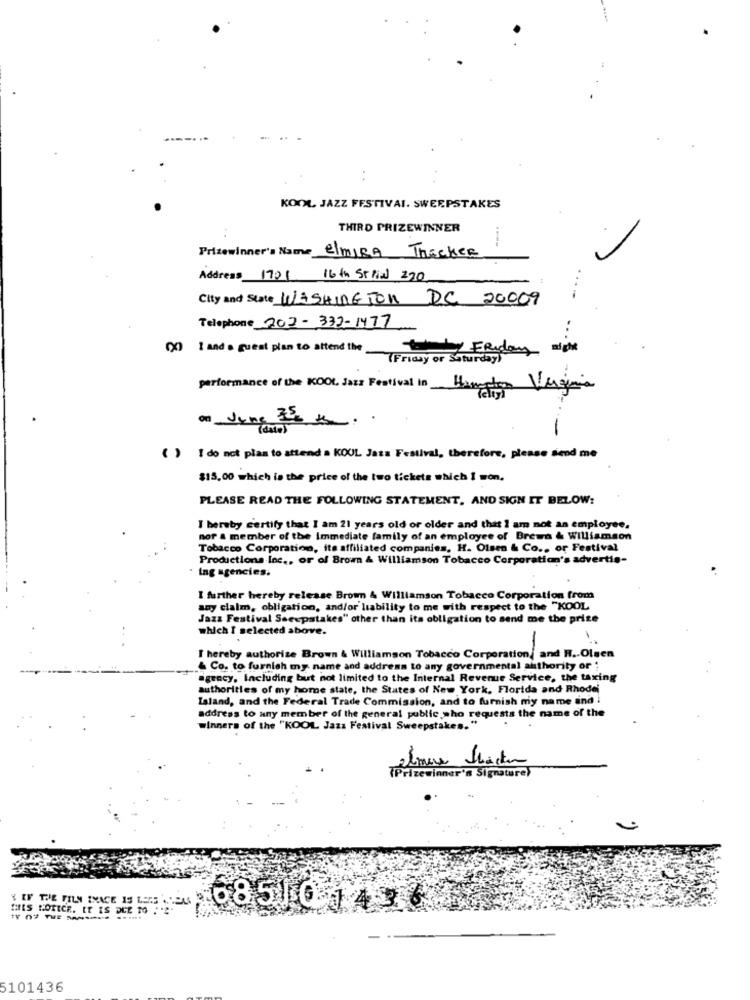
. .
KOOL JAZZ FESTIVAL. SWEEPSTAKES
THIRD PRIZEWINNER
Prizewinner's Name ElMIRA Thecker
Address 1701 16th Strial 220
City and State WASHINGTON DC 20009
Telephone 202-332-1477
(X) I and a guest plan to attend the
ty Friday night
(Friday or Saturday)
performance of the KOOL, Jazz Festival In
Virginia
On June 25 se.
-
( ) I do not plan to attend a KOUL Jata Festival, therefore, please send me
$15,00 which is the price of the two tickets which I won.
PLEASE READ THE FOLLOWING STATEMENT, AND SIGN IT BELOW:
I hereby certify that I am 21 years old or older and that I am not an employee.
nor & member of the Immediate family of an employee of Brewn & Williamson
Tobacco Corporation, its affiliated companies, H. Olsen & Co ., or Festival
Productions Inc ., or of Bromn & Williamson Tobacco Corporation's advertis-
ing agencies.
I further hereby release Brown & Williamson Tobacco Corporation from
any claim, obligation, and/or liability to me with respect to the "KOOL
Jazz Festival Sacepstakes" other than its obligation to send me the prize
which I selected above.
I hereby authorize Brown & Williamson Tobacco Corporation, and R .. Olsen
& Co. to furnish my name and address to any governmental authority or ;
agency, Including but not limited to the Internal Revenue Service, the taxing
authorities of my home state, the States of New York, Florida and Rhode
Island, and the Federal Trade Commission, and to furnish my name and i
address to any member of the general public who requests the name of the
winners of the "KOOL Jazz Festival Sweepstakes."
almere factor
(Prizewinner's Signature)
{ IF THE FILM IMAGE IS LESS
THIS NOTICE. IT IS DUE To :
68510 1436
5101436